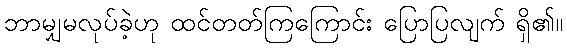
ဘာမျှမလုပ်ခဲ့ဟု ထင်တတ်ကြကြောင်း ပြောပြလျက် ရှိ၏။